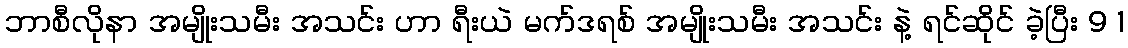
ဘာစီလိုနာ အမျိုးသမီး အသင်း ဟာ ရီးယဲ မက်ဒရစ် အမျိုးသမီး အသင်း နဲ့ ရင်ဆိုင် ခဲ့ပြီး 9 1